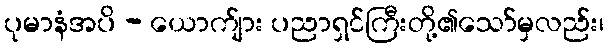
ပုမာနံအပိ - ယောက်ျား ပညာရှင်ကြီးတို့၏သော်မှလည်း၊